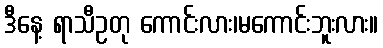
ဒီနေ့ ရာသီဥတု ကောင်းလား၊မကောင်းဘူးလား။